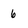
Character: 6